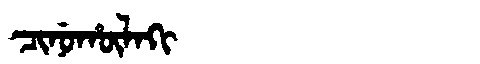
Manchu: ᠴᡳᠨᡠᡥᡡᠯᠠᡴᡳ
Romanization: CINUHŪLAKI